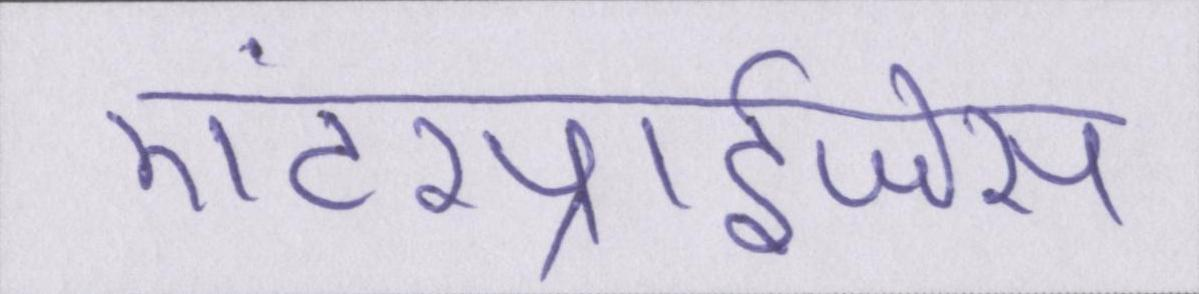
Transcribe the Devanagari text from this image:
एंटरप्राईजेस